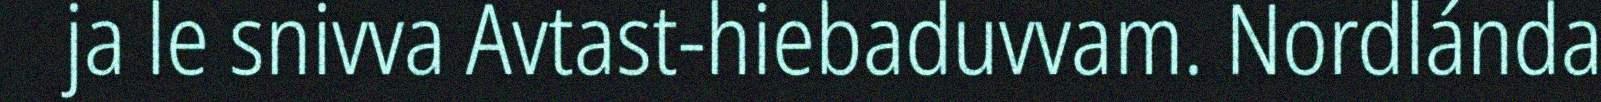
ja le snivva Avtast-hiebaduvvam. Nordlánda